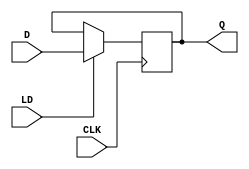
module d_flip_flop(
    input D,
    input CLK,
    input LD,
    output reg Q
);

always @(posedge CLK) begin
    if (LD) begin
        Q <= D;
    end
end

endmodule